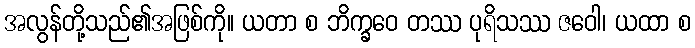
အလွန်တို့သည်၏အဖြစ်ကို။ ယတာ စ ဘိက္ခဝေ တဿ ပုရိသဿ ဇဝေါ၊ ယထာ စ